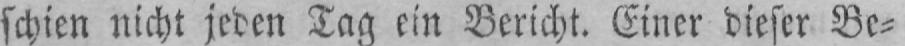
schien nicht jeden Tag ein Bericht. Einer dieser Be⸗